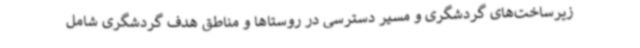
زیرساخت‌های گردشگری و مسیر دسترسی در روستاها و مناطق هدف گردشگری شامل